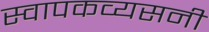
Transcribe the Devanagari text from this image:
स्वापकव्यसनी